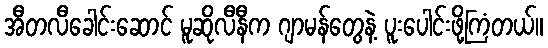
အီတလီခေါင်းဆောင် မူဆိုလီနီက ဂျာမန်တွေနဲ့ ပူးပေါင်းဖို့ကြံတယ်။